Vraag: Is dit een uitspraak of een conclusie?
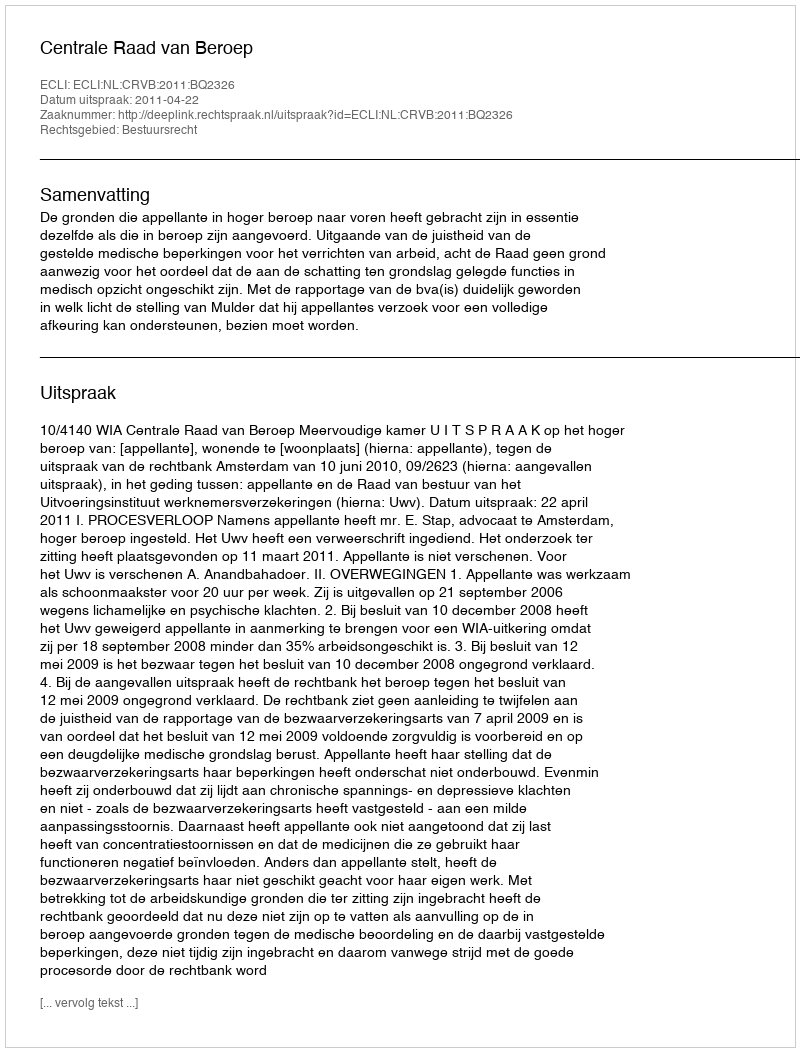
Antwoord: Uitspraak